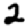
Digit: 2